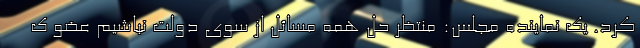
کرد. یک نماینده مجلس: منتظر حل همه مسائل از سوی دولت نباشیم عضو ک